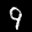
Label: 9